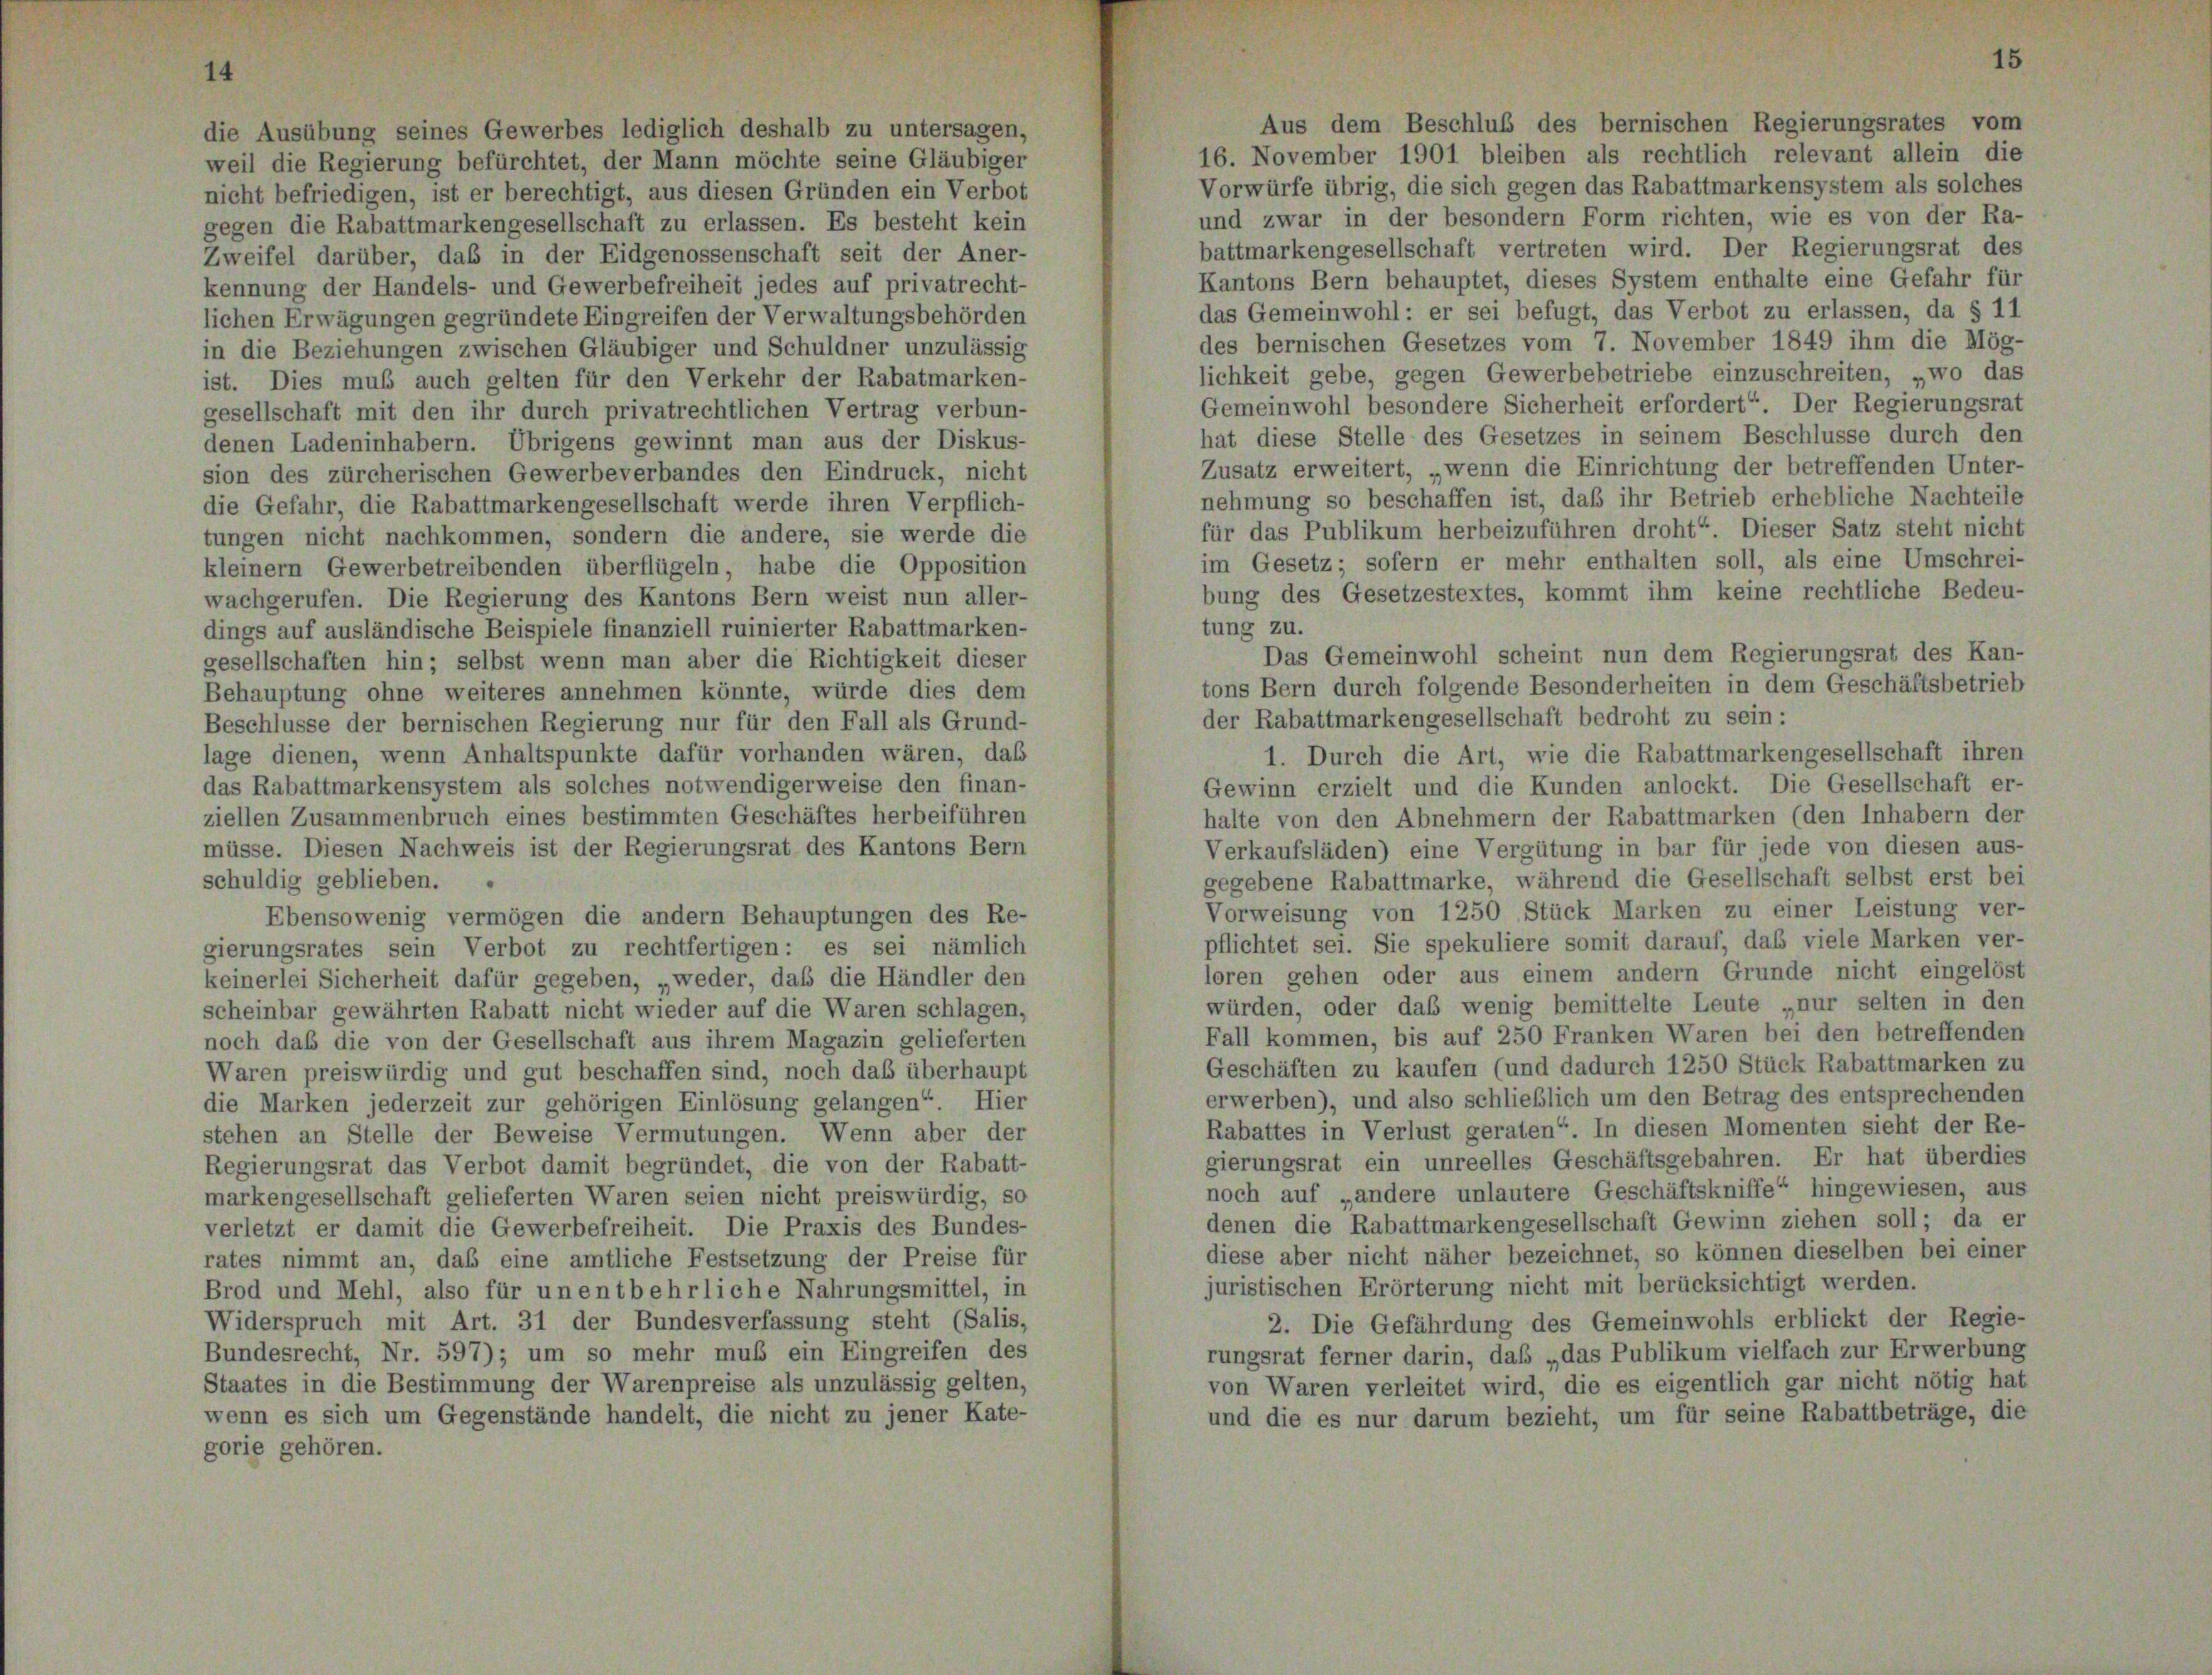
die Ausübung seines Gewerbes lediglich deshalb zu untersagen,
weil die Regierung befürchtet, der Mann möchte seine Gläubiger
nicht befriedigen, ist er berechtigt, aus diesen Gründen ein Verbot
gegen die Rabattmarkengesellschaft zu erlassen. Es besteht kein
Zweifel darüber, daß in der Eidgenossenschaft seit der Aner-
kennung der Handels- und Gewerbefreiheit jedes auf privatrecht-
lichen Erwägungen gegründete Eingreifen der Verwaltungsbehörden
in die Beziehungen zwischen Gläubiger und Schuldner unzulässig
ist. Dies muß auch gelten für den Verkehr der Rabatmarken
gesellschaft mit den ihr durch privatrechtlichen Vertrag verbun-
denen Ladeninhabern. Übrigens gewinnt man aus der Diskus-
sion des zürcherischen Gewerbeverbandes den Eindruck, nicht
die Gefahr, die Rabattmarkengesellschaft werde ihren Verpflich-
tungen nicht nachkommen, sondern die andere, sie werde die
kleinem Gewerbetreibenden überflügeln, habe die Opposition
wachgerufen. Die Regierung des Kantons Bern weist nun aller-
dings auf ausländische Beispiele finanziell ruinierter Rabattmarken-
gesellschaften hin; selbst wenn man aber die Richtigkeit dieser
Behauptung ohne weiteres annehmen könnte, würde dies dem
Beschlüsse der bernischen Regierung nur für den Fall als Grund-
lage dienen, wenn Anhaltspunkte dafür vorhanden wären, daß
das Rabattmarkensystem als solches notwendigerweise den finan-
ziellen Zusammenbruch eines bestimmten Geschäftes herbeiführen
müsse. Diesen Nachweis ist der Regierungsrat des Kantons Bern
schuldig geblieben.
Ebensowenig vermögen die andern Behauptungen des Re-
gierungsrates sein Verbot zu rechtfertigen: es sei nämlich
keinerlei Sicherheit dafür gegeben, „weder, daß die Händler den
scheinbar gewährten Rabatt nicht wieder auf die Waren schlagen.
noch daß die von der Gesellschaft aus ihrem Magazin gelieferten
Waren preiswürdig und gut beschaffen sind, noch das überhaupt
die Marken jederzeit zur gehörigen Einlösung gelangen“ Hier
stehen an Stelle der Beweise Vermutungen. Wenn aber der
Regierungsrat das Verbot damit begründet, die von der Rabatt-
markengesellschaft gelieferten Waren seien nicht preiswürdig, so
verletzt er damit die Gewerbefreiheit. Die Praxis des Bundes-
rates nimmt an, das eine amtliche Festsetzung der Preise für
Brod und Mehl, also für unentbehrliche Nahrungsmittel, in
Widerspruch mit Art. 31 der Bundesverfassung steht (Salis,
Bundesrecht, Nr. 597); um so mehr muß ein Eingreifen des
Staates in die Bestimmung der Warenpreise als unzulässig gelten,
wenn es sich um Gegenstände handelt, die nicht zu jener Kate-
gorie gehören.

Aus dem Beschluß des bernischen Regierungsrates vom
16. November 1901 bleiben als rechtlich relevant allein die
Vorwürfe übrig, die sich gegen das Rabattmarkensystem als solches
und zwar in der besondern Form richten, wie es von der Ra-
battmarkengesellschaft vertreten wird. Der Regierungsrat des
Kantons Bern behauptet, dieses System enthalte eine Gefahr für
das Gemeinwohl: er sei befugt, das Verbot zu erlassen, da § 11
des bernischen Gesetzes vom 7. November 1849 ihm die Mög-
lichkeit gebe, gegen Gewerbebetriebe einzuschreiten, „wo das
Gemeinwohl besondere Sicherheit erfordert“ Der Regierungsrat
hat diese Stelle des Gesetzes in seinem Beschlüsse durch den
Zusatz erweitert, „wenn die Einrichtung der betreffenden Unter-
nehmung so beschaffen ist, daß ihr Betrieb erhebliche Nachteile
für das Publikum herbeizuführen droht“. Dieser Satz steht nicht
im Gesetz; sofern er mehr enthalten soll, als eine Umschrei-
bung des Gesetzestextes, kommt ihm keine rechtliche Bedeu-
tung zu.
Das Gemeinwohl scheint nun dem Regierungsrat des Kan-
tons Bern durch folgende Besonderheiten in dem Geschäftsbetrieb
der Rabattmarkengesellschaft bedroht zu sein:
1. Durch die Art, wie die Rabattmarkengesellschaft ihren
Gewinn erzielt und die Kunden anlockt. Die Gesellschaft er-
halte von den Abnehmern der Rabattmarken (den Inhabern der
Verkaufsläden) eine Vergütung in bar für jede von diesen aus-
gegebene Rabattmarke, während die Gesellschaft selbst erst bei
Vorweisung von 1250 Stück Marken zu einer Leistung ver-
pflichtet sei. Sie spekuliere somit darauf, das viele Marken ver-
loren gehen oder aus einem andern Grunde nicht eingelöst
würden, oder daß wenig bemittelte Leute „nur selten in den
Fall kommen, bis auf 250 Franken Waren bei den betreffenden
Geschäften zu kaufen (und dadurch 1250 Stück Rabattmarken zu
erwerben), und also schließlich um den Betrag des entsprechenden
Rabattes in Verlust geraten“. In diesen Momenten sieht der Re-
gierungsrat ein unreelles Geschäftsgebahren. Er hat überdies
noch auf „andere unlautere Geschäftskniffe“ hingewiesen, aus
denen die Rabattmarkengesellschaft Gewinn ziehen soll; da er
diese aber nicht näher bezeichnet, so können dieselben bei einer
juristischen Erörterung nicht mit berücksichtigt werden.
2. Die Gefährdung des Gemeinwohls erblickt der Regie-
rungsrat ferner darin, das „das Publikum vielfach zur Erwerbung
von Waren verleitet wird, die es eigentlich gar nicht nötig hat
und die es nur darum bezieht, um für seine Rabattbeträge, die